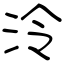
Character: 泠